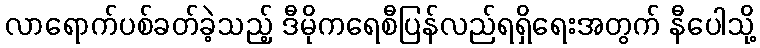
လာရောက်ပစ်ခတ်ခဲ့သည့် ဒီမိုကရေစီပြန်လည်ရရှိရေးအတွက် နီပေါသို့